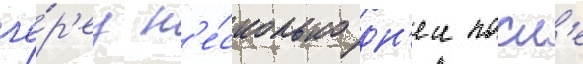
че́р'ез н'е́сколько дн'еи посл'е